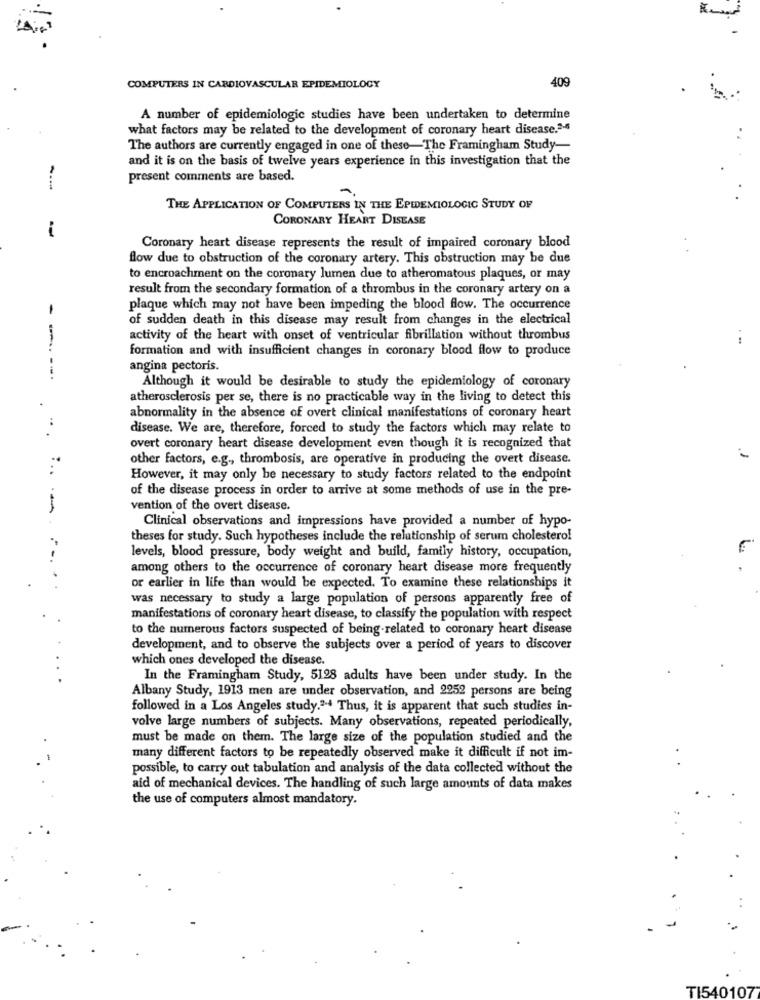
409
COMPUTERS IN CARDIOVASCULAR EPIDEMIOLOGY
A number of epidemiologic studies have been undertaken to determine
what factors may be related to the development of coronary heart disease.36
The authors are currently engaged in one of these-The Framingham Study-
and it is on the basis of twelve years experience in this investigation that the
present comments are based.
---
THE APPLICATION OF COMPUTERS IN THE EPIDEMIOLOGIC STUDY OF
CORONARY HEART DISEASE
i
Coronary heart disease represents the result of impaired coronary blood
flow due to obstruction of the coronary artery. This obstruction may be due
to encroachment on the coronary lumen due to atheromatous plaques, or may
result from the secondary formation of a thrombus in the coronary artery on a
plaque which may not have been impeding the blood flow. The occurrence
of sudden death in this disease may result from changes in the electrical
activity of the heart with onset of ventricular fibrillation without thrombus
formation and with insufficient changes in coronary blood flow to produce
angina pectoris.
----.
Although it would be desirable to study the epidemiology of coronary
atherosclerosis per se, there is no practicable way in the living to detect this
abnormality in the absence of overt clinical manifestations of coronary heart
disease. We are, therefore, forced to study the factors which may relate to
overt coronary heart disease development even though it is recognized that
other factors, e.g ., thrombosis, are operative in producing the overt disease.
-
However, it may only be necessary to study factors related to the endpoint
of the disease process in order to arrive at some methods of use in the pre-
-
vention of the overt disease.
Clinical observations and impressions have provided a number of hypo-
theses for study. Such hypotheses include the relationship of serum cholesterol
levels, blood pressure, body weight and build, family history, occupation,
among others to the occurrence of coronary heart disease more frequently
or earlier in life than would be expected. To examine these relationships it
was necessary to study a large population of persons apparently free of
manifestations of coronary heart disease, to classify the population with respect
to the numerous factors suspected of being-related to coronary heart disease
development, and to observe the subjects over a period of years to discover
which ones developed the disease.
In the Framingham Study, 5128 adults have been under study. In the
Albany Study, 1913 men are under observation, and 2252 persons are being
followed in a Los Angeles study." Thus, it is apparent that such studies in-
volve large numbers of subjects. Many observations, repeated periodically,
must be made on them. The large size of the population studied and the
many different factors to be repeatedly observed make it difficult if not im-
possible, to carry out tabulation and analysis of the data collected without the
aid of mechanical devices. The handling of such large amounts of data makes
the use of computers almost mandatory.
TI540107